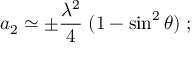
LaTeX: a _ { 2 } \simeq \pm { \frac { \lambda ^ { 2 } } { 4 } } \; ( 1 - \sin ^ { 2 } \theta ) \; ;